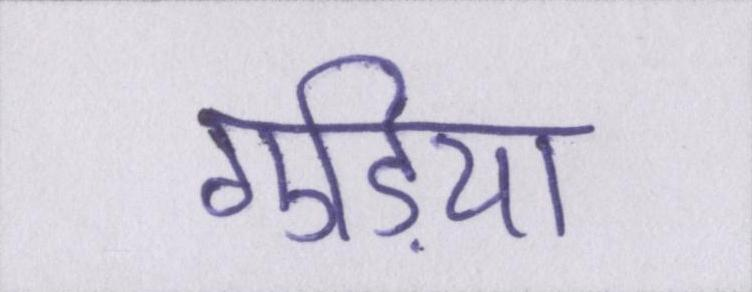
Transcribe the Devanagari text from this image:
गुड़िया